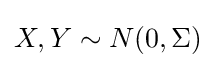
X,Y\sim N(0,\Sigma )